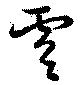
膚